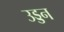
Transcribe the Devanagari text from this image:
उड्डन